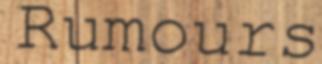
Rumours